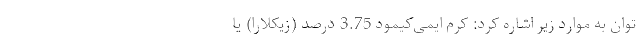
توان به موارد زیر اشاره کرد: کرم ایمی‌کیمود 3.75 درصد (زیکلارا) یا